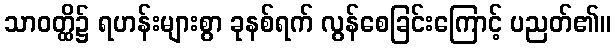
သာဝတ္ထိ၌ ရဟန်းများစွာ ခုနစ်ရက် လွန်စေခြင်းကြောင့် ပညတ်၏။